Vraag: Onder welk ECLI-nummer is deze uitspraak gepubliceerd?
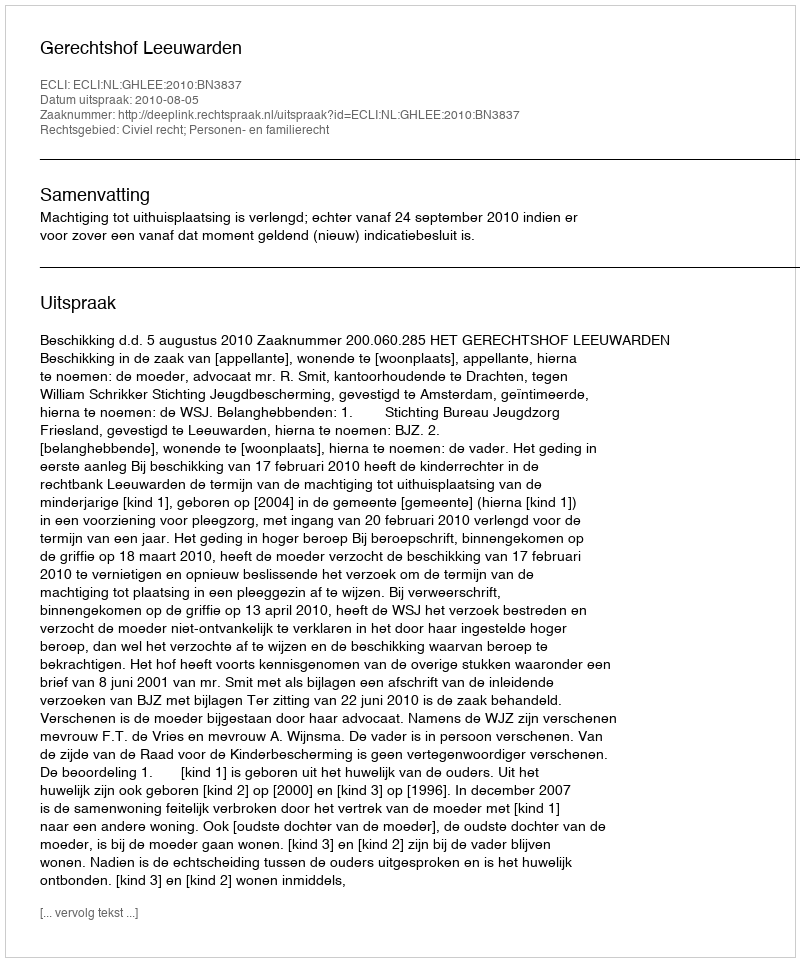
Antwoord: ECLI:NL:GHLEE:2010:BN3837